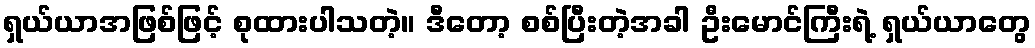
ရှယ်ယာအဖြစ်ဖြင့် စုထားပါသတဲ့။ ဒီတော့ စစ်ပြီးတဲ့အခါ ဦးမောင်ကြီးရဲ့ ရှယ်ယာတွေ